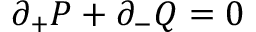
\partial _ { + } P + \partial _ { - } Q = 0